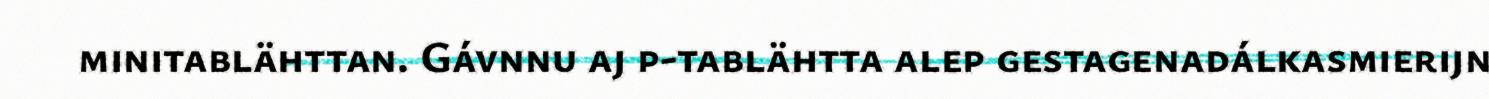
minitablähttan. Gávnnu aj p-tablähtta alep gestagenadálkasmierijn